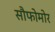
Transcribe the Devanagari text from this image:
सौफोमोर